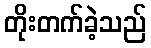
တိုးတက်ခဲ့သည်